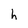
Character: h